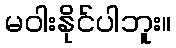
မဝါးနိုင်ပါဘူး။